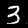
Digit: 3